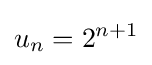
u_{n}=2^{n+1}